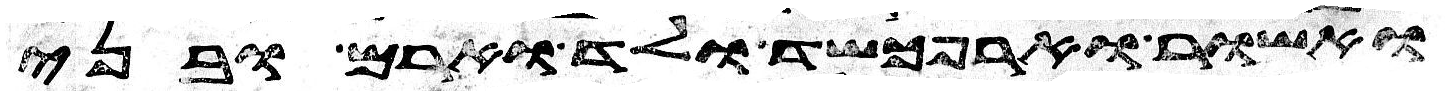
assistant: ואשור וארפכשד ולד וארם ובני